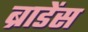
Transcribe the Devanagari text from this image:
ब्राडेंस